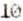
10